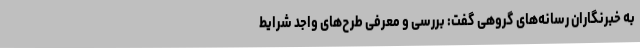
به خبرنگاران رسانه‌های گروهی گفت: بررسی و معرفی طرح‌های واجد شرایط